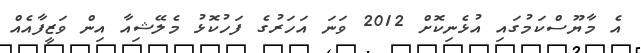
އެ މާޔޫސްކަމުގައި އުޅެނިކޮށް 2012 ވަނަ އަހަރުގެ ފަހުކޮޅު މެލޭޝިއާ އިން ވަޒީފާއެއް